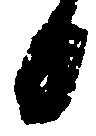
日